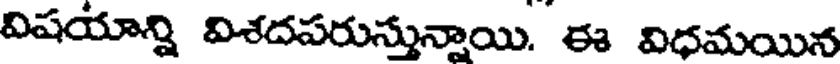
విషయాన్ని విశదపరుస్తున్నాయి. ఈ విధమయిన